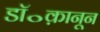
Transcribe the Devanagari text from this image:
डॉ॰क़ानून